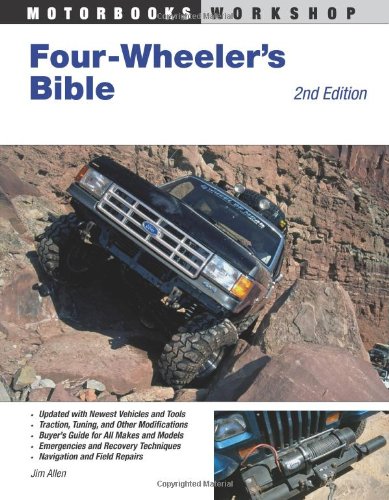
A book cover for Four-Wheeler's Bible: 2nd Edition (Motorbooks Workshop); Jim Allen; Engineering & Transportation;